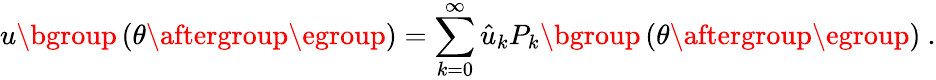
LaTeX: u\mathopen{}\mathclose\bgroup\left(\theta\aftergroup\egroup\right)=\sum_{k=0}^{\infty}\hat{u}_{k}P_{k}\mathopen{}\mathclose\bgroup\left(\theta\aftergroup\egroup\right)~.